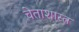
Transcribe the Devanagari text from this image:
चेताशास्त्र